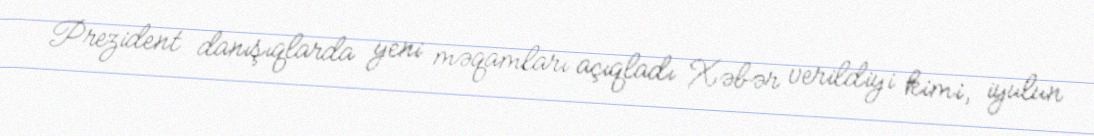
Prezident danışıqlarda yeni məqamları açıqladı Xəbər verildiyi kimi, iyulun